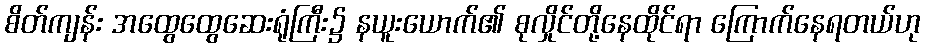
စိတ်ကျန်း အထွေထွေဆေးရုံကြီး၌ နယူးယောက်၏ စုလှိုင်တို့နေထိုင်ရာ ကြောက်နေရတယ်ဟု